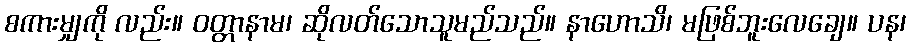
စကားမျှကို လည်း။ ဝတ္တာနာမ၊ ဆိုလတ်သောသူမည်သည်။ နာဟောသိ၊ မဖြစ်ဘူးလေချေ။ ပန၊